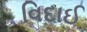
વિદાઈ